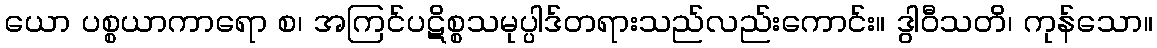
ယော ပစ္စယာကာရော စ၊ အကြင်ပဋိစ္စသမုပ္ပါဒ်တရားသည်လည်းကောင်း။ ဒွါဝီသတိ၊ ကုန်သော။